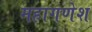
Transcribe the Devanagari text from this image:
महागणेश